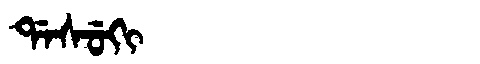
Manchu: ᡩᠠᠰᡠᡴᡳ
Romanization: DASUKI